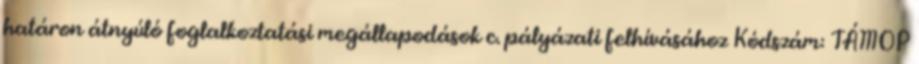
határon átnyúló foglalkoztatási megállapodások c. pályázati felhívásához Kódszám: TÁMOP